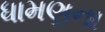
ધામણના